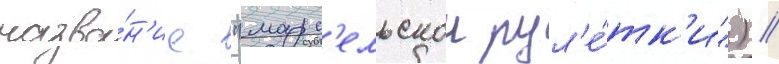
назва́н'ие "марс'ельскои рул'е́тк'и") //